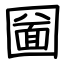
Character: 圙